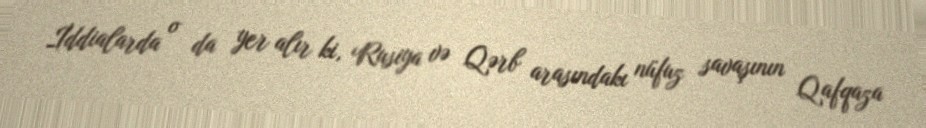
İddialarda o da yer alır ki, Rusiya və Qərb arasındakı nüfuz savaşının Qafqaza